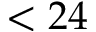
< 2 4